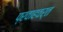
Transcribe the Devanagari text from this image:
प्रवाहवर्त